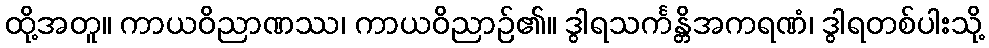
ထို့အတူ။ ကာယဝိညာဏဿ၊ ကာယဝိညာဉ်၏။ ဒွါရသင်္ကန္တိအကရဏံ၊ ဒွါရတစ်ပါးသို့